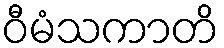
ဝီမံသကာတိ